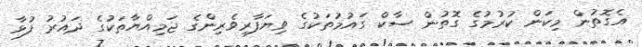
އެގޮތުން މިކަން ކުރުމުގެ ގޮތުން ސާކް ގައުމުތަކުގެ ވިޔަފާރިވެރިންގެ ޖަމިއްޔާތަކުގެ ދައުރު ފުޅާ